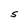
Character: S